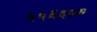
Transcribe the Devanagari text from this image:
५५६६७७